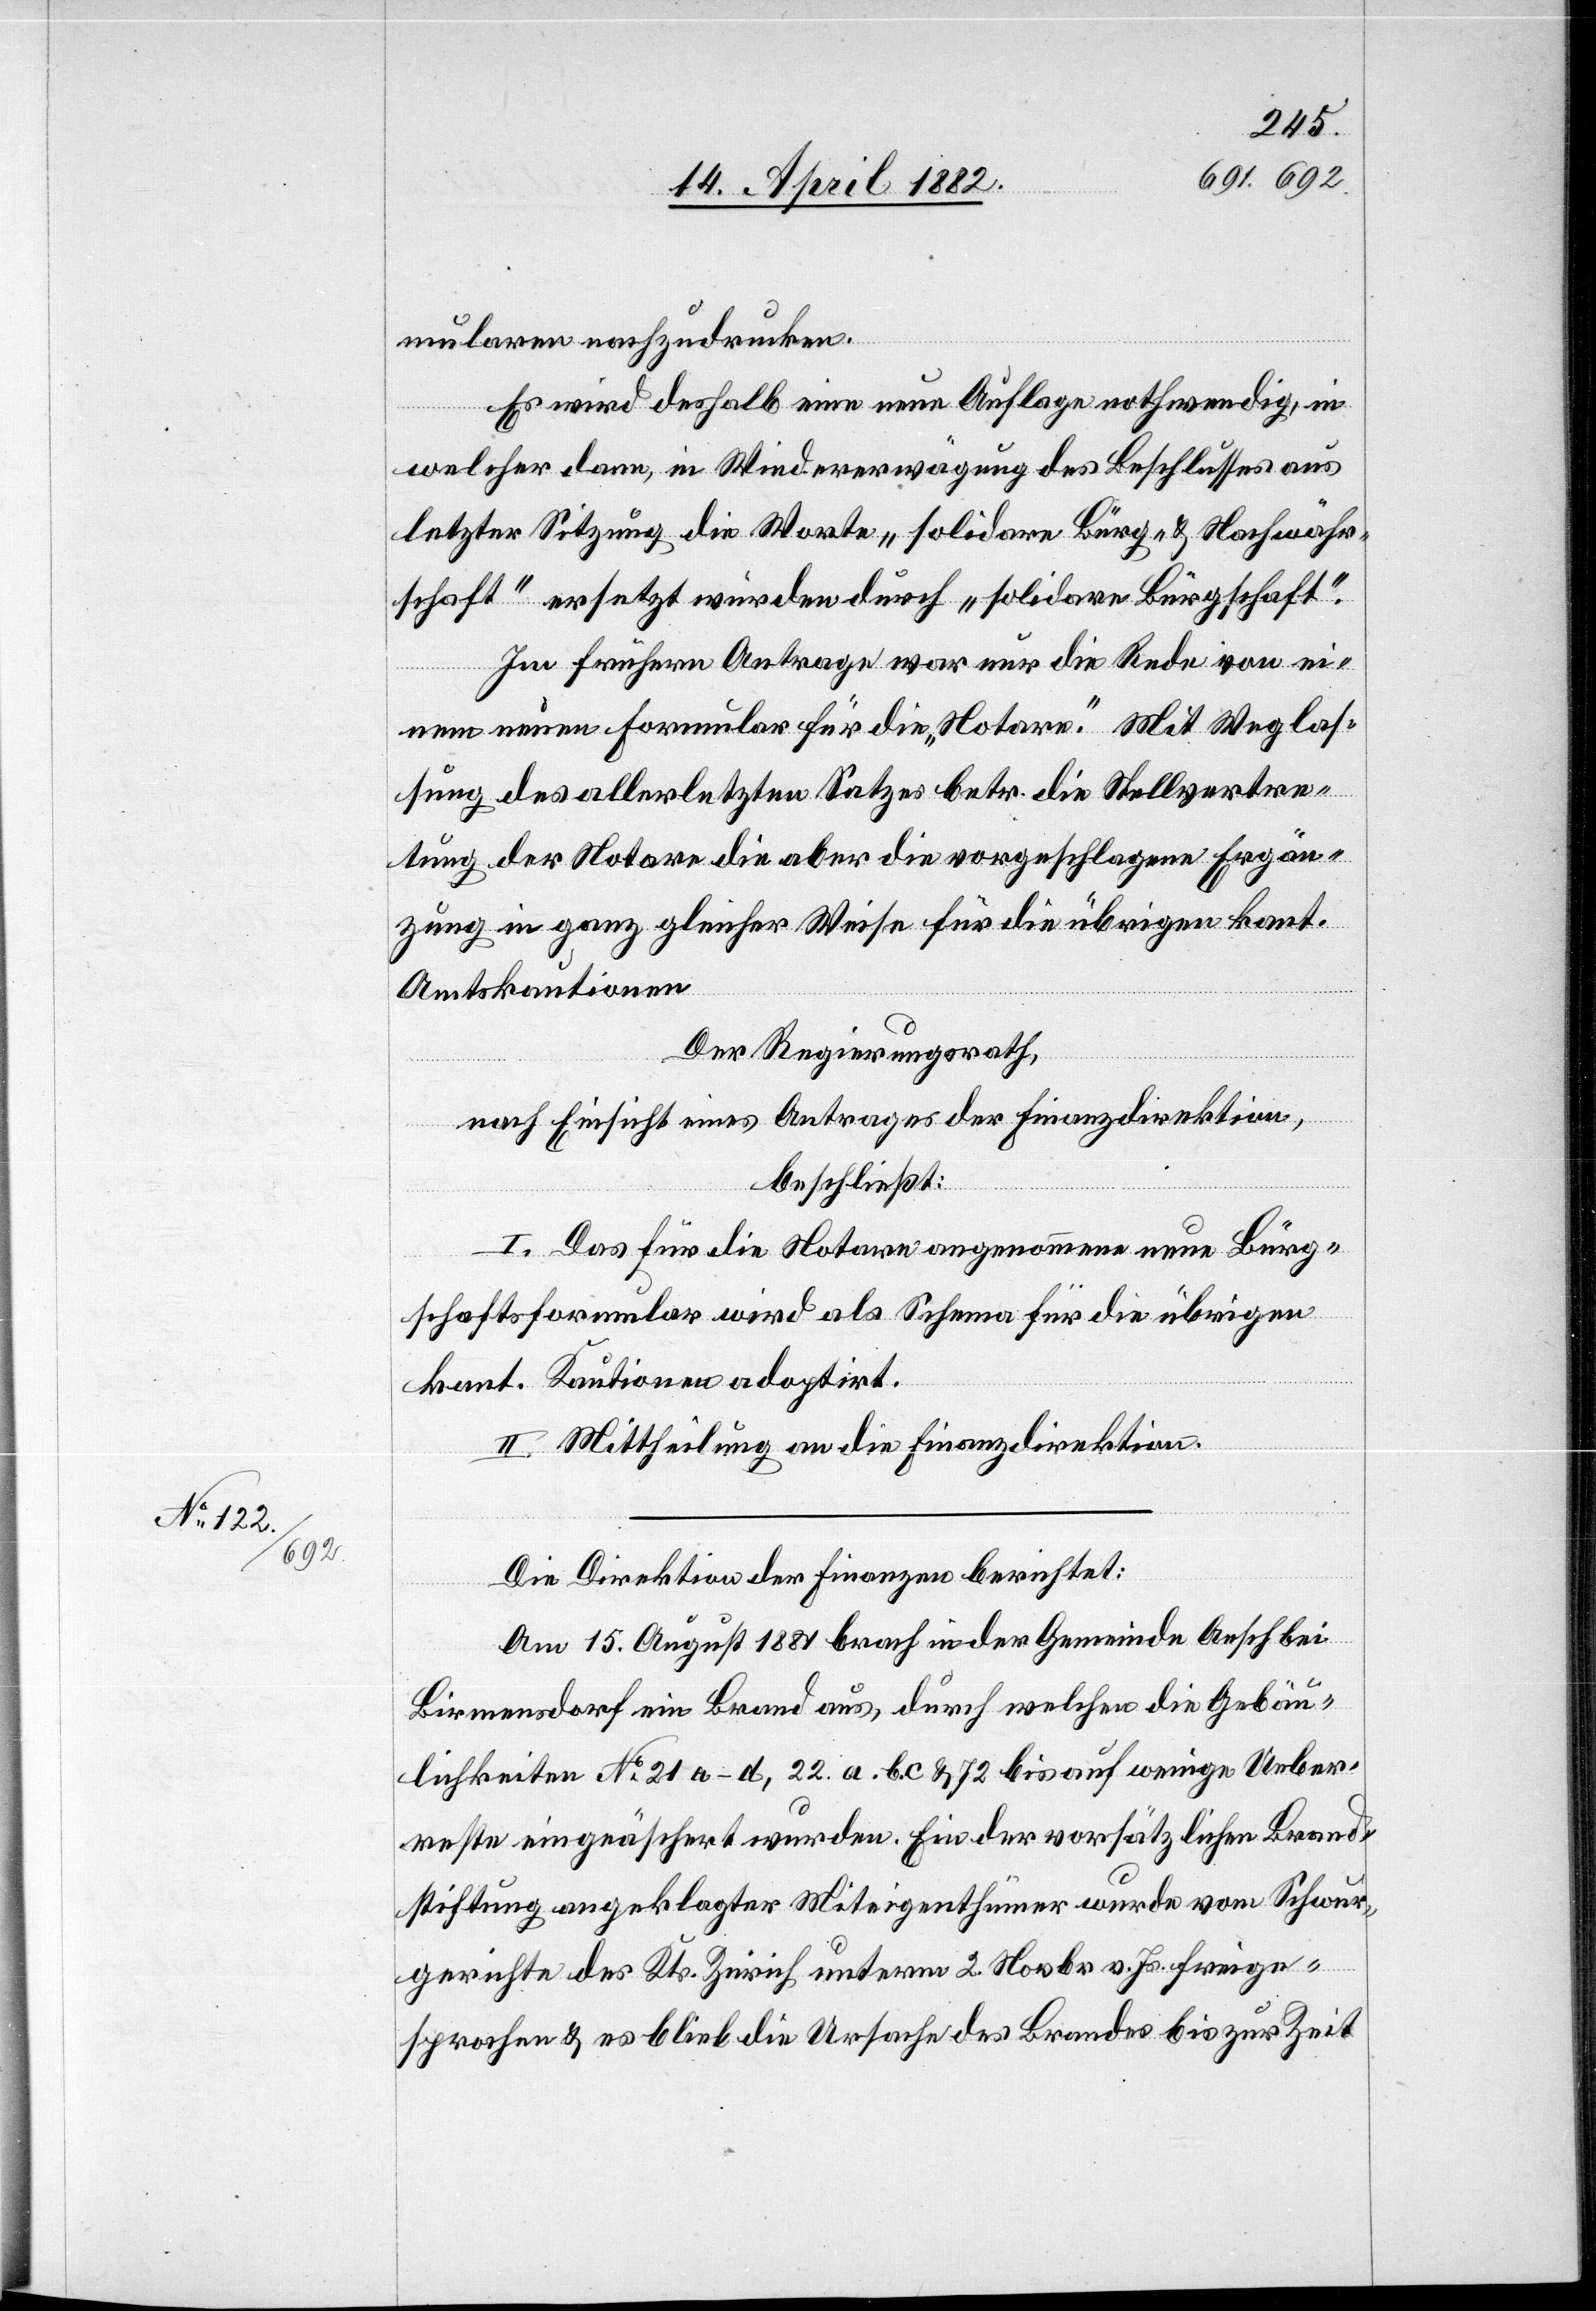
mularen nachzudrucken.
Es wird deshalb eine neue Auflage nothwendig, in
welcher dann, in Wiedererwägung des Beschlusses aus
letzter Sitzung die Worte „solidare Bürg- & Nachwähr¬
schaft“ ersetzt würden durch „solidare Bürgschaft“.
Im frühern Antrage war nur die Rede von ei¬
nem neuen Formular für die „Notare“. Mit Weglas¬
sung des allerletzten Satzes betr. die Stellvertre¬
tung der Notare die aber die vorgeschlagene Ergän¬
zung in ganz gleicher Weise für die übrigen kant.
Amtskautionen
Der Regierungsrath,
nach Einsicht eines Antrages der Finanzdirektion,
beschließt:
I. Das für die Notare angenommene neue Bürg¬
schaftsformular wird als Schema für die übrigen
kant. Kautionen adoptirt.
II. Mittheilung an die Finanzdirektion.
Die Direktion der Finanzen berichtet:
Am 15. August 1881 brach in der Gemeinde Aesch bei
Birmensdorf ein Brand aus, durch welchen die Gebäu¬
lichkeiten No 21 a–d, 22. a. b. c & 72 bis auf wenige Ueber¬
reste eingeäschert wurden. Ein der vorsätzlichen Brand¬
stiftung angeklagter Miteigenthümer wurde vom Schwur¬
gerichte des Kts. Zürich unterm 2. Novbr v. Js. freige¬
sprochen & es blieb die Ursache des Brandes bis zur Zeit